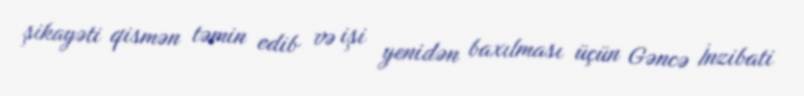
şikayəti qismən təmin edib və işi yenidən baxılması üçün Gəncə İnzibati